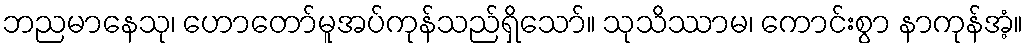
ဘညမာနေသု၊ ဟောတော်မူအပ်ကုန်သည်ရှိသော်။ သုသိဿာမ၊ ကောင်းစွာ နာကုန်အံ့။